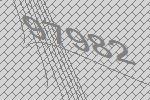
97982